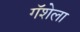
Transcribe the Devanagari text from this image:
गॅशेला